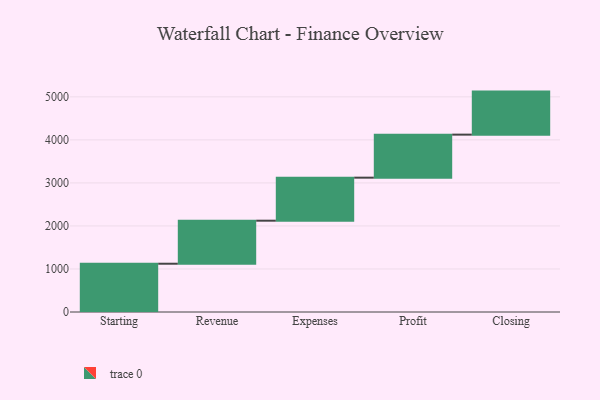
{"axis": {"x": "Step", "y": "Value"}, "legend": [""], "data": [{"x": "Starting", "y": 1122.0, "type": ""}, {"x": "Revenue", "y": 1000, "type": ""}, {"x": "Expenses", "y": 1000, "type": ""}, {"x": "Profit", "y": 1000, "type": ""}, {"x": "Closing", "y": 1000, "type": ""}]}